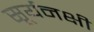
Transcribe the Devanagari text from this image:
सूर्यनक्षी